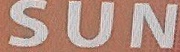
SUN